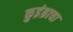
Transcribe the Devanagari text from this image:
कुइंब्राचा